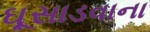
ઘૂસાડવાના